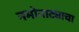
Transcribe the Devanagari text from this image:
नभोनाट्याचा